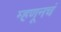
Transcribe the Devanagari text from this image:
म्हणूनचं